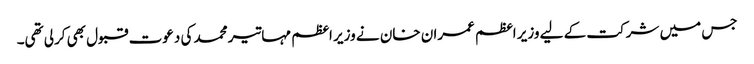
جس میں شرکت کے لیے وزیر اعظم عمران خان نے وزیر اعظم مہاتیر محمد کی دعوت قبول بھی کرلی تھی۔